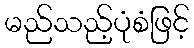
မည်သည့်ပုံစံဖြင့်